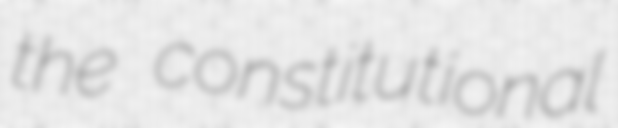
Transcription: the constitutional